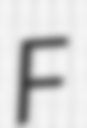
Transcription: F